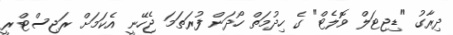
ދިރާގު "ޑިޖިޓަލް ވޮލެޓް" ގެ ހިދުމަތް ހޯދަން ފުރަތަމަ ޖެހޭނީ އެކަމަށް ރަޖިސްޓްރީ